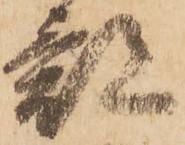
部